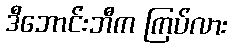
ဒီဘောင်းဘီက ကြပ်လား